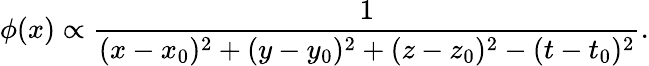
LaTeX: \phi(x)\propto{\frac{1}{(x-x_{0})^{2}+(y-y_{0})^{2}+(z-z_{0})^{2}-(t-t_{0})^{2}}}.